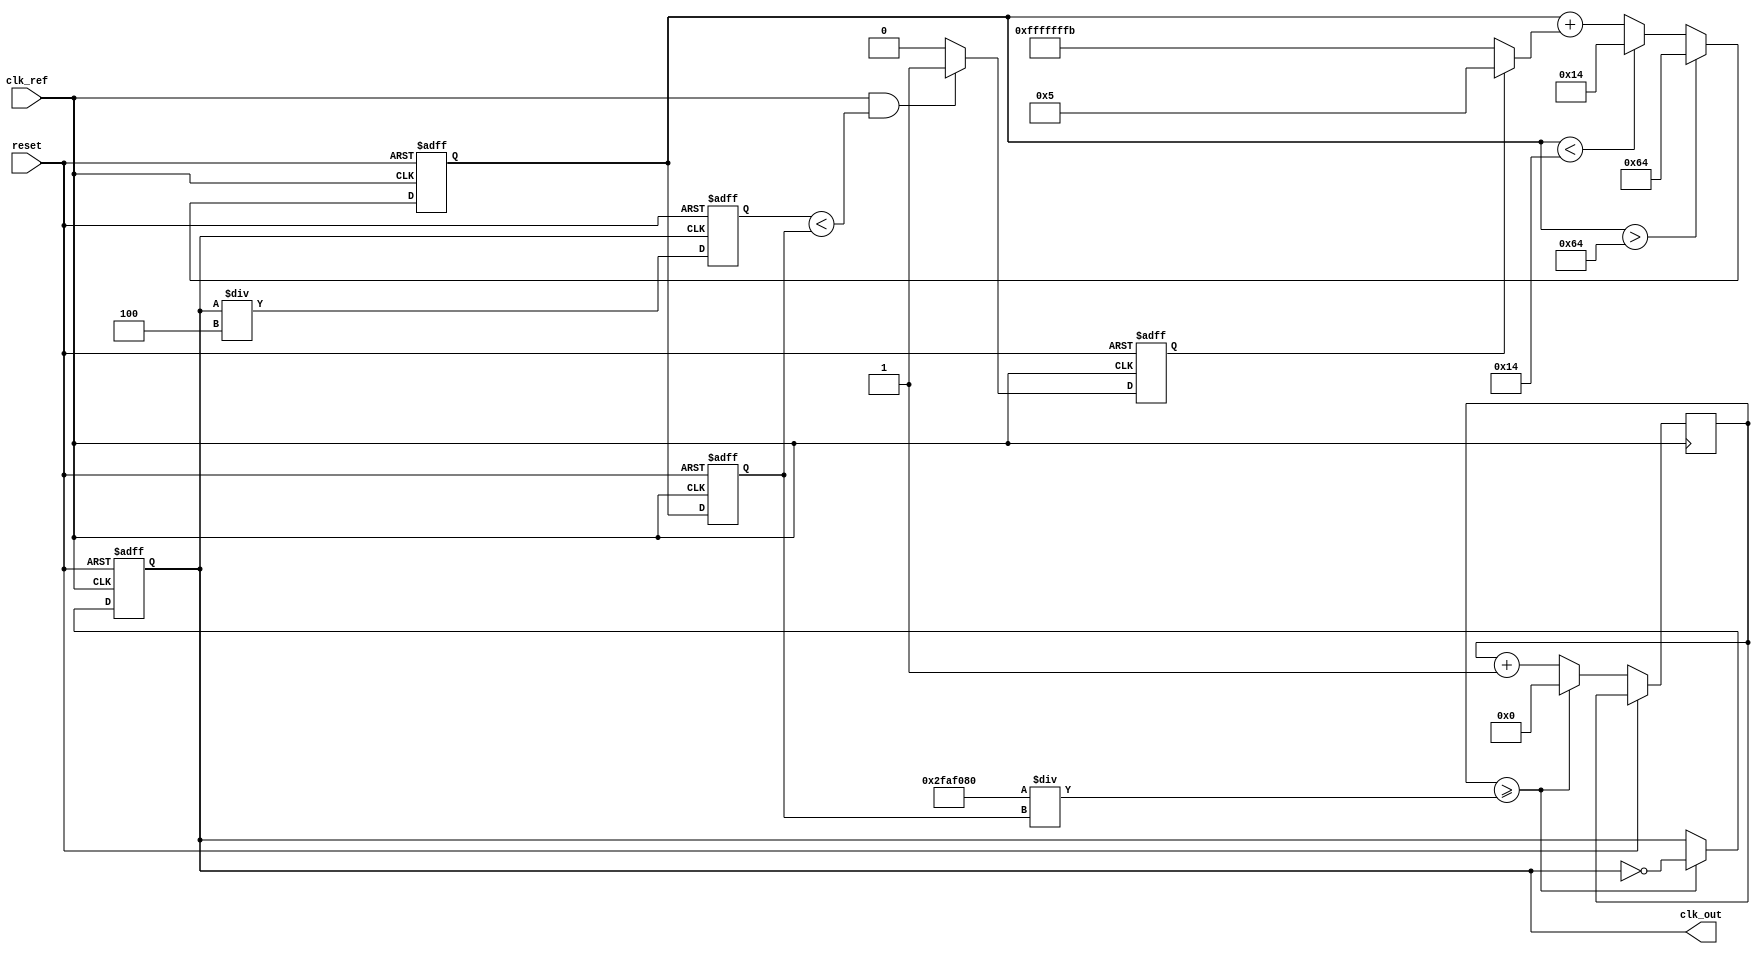
module PLL (
    input wire clk_ref,               // Reference clock input
    input wire reset,                 // Asynchronous reset
    output reg clk_out                // Phase-locked output clock
);

// Parameters
parameter DIV_RATIO = 4;            // Frequency divider ratio
parameter VCO_MAX_FREQ = 100;       // Maximum frequency of the VCO
parameter VCO_MIN_FREQ = 20;        // Minimum frequency of the VCO
parameter FILTER_GAIN = 5;          // Gain for the loop filter

// Internal signals
reg [31:0] vco_freq;                // VCO frequency
reg [31:0] error_signal;            // Error signal from PD
reg [31:0] control_voltage;          // Control voltage from loop filter
reg [31:0] feedback;                 // Feedback from frequency divider
reg [31:0] clk_divider_counter;      // Counter for the frequency divider
reg pd_output;

// Phase Detector
always @(posedge clk_ref or posedge reset) begin
    if (reset) begin
        pd_output <= 0;
    end else begin
        // Simple phase detection logic.
        // This is just a placeholder for a more complex PD logic.
        if (clk_ref && (feedback < vco_freq)) begin
            pd_output <= 1;  // Leading edge
        end else begin
            pd_output <= 0;  // Lagging edge
        end
    end
end

// Loop Filter
always @(posedge clk_ref or posedge reset) begin
    if (reset) begin
        control_voltage <= 0;
    end else begin
        // Simple first-order loop filter implementation
        control_voltage <= control_voltage + (pd_output ? FILTER_GAIN : -FILTER_GAIN);
        // Limit control voltage to VCO range
        if(control_voltage > VCO_MAX_FREQ)
            control_voltage <= VCO_MAX_FREQ;
        else if(control_voltage < VCO_MIN_FREQ)
            control_voltage <= VCO_MIN_FREQ;
    end
end

// Voltage-Controlled Oscillator (VCO)
always @(posedge clk_ref or posedge reset) begin
    if (reset) begin
        vco_freq <= VCO_MIN_FREQ;
        clk_out <= 0;
    end else begin
        // Adjust VCO frequency based on control voltage
        vco_freq <= control_voltage;
        
        // Generate output clock based on VCO frequency
        if (clk_divider_counter >= (50000000 / vco_freq)) begin  // Adjust for simulation clock
            clk_out <= ~clk_out;  // Toggle output clock
            clk_divider_counter <= 0;  // Reset counter
        end else begin
            clk_divider_counter <= clk_divider_counter + 1;  // Increment counter
        end
    end
end

// Frequency Divider
always @(posedge clk_out or posedge reset) begin
    if (reset) begin
        feedback <= 0;
    end else begin
        // Simple feedback division
        feedback <= clk_out / DIV_RATIO;  // Placeholder for more complex divider logic
    end
end

endmodule